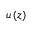
u \left( z \right)